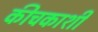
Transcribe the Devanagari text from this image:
कीचकाशी